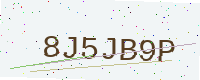
Text: 8J5JB9P